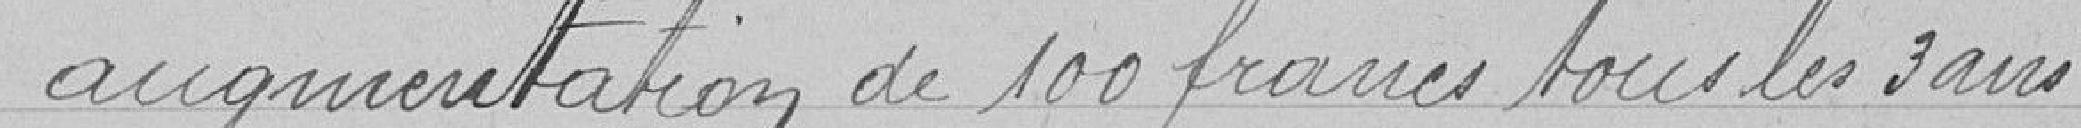
augmentation de 100 francs tous les 3 ans